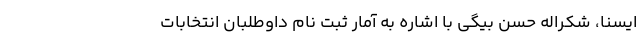
ایسنا، شکراله حسن بیگی با اشاره به آمار ثبت نام داوطلبان انتخابات